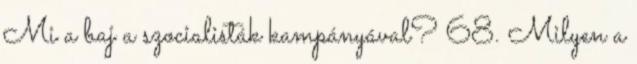
Mi a baj a szocialisták kampányával? 68. Milyen a